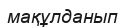
мақұлданып